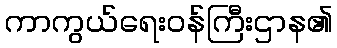
ကာကွယ်ရေးဝန်ကြီးဌာန၏